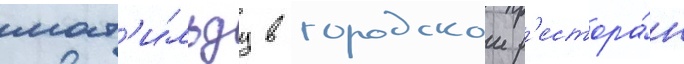
мат'и́льду в городскои р'естора́н